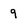
Character: 9